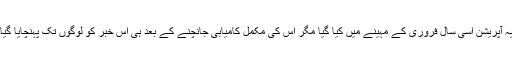
یہ آپریشن اسی سال فروری کے مہینے میں کیا گیا مگر اس کی مکمل کامیابی جانچنے کے بعد ہی اس خبر کو لوگوں تک پہنچایا گیا۔